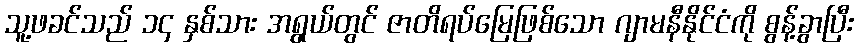
သူ့ဖခင်သည် ၁၄ နှစ်သား အရွယ်တွင် ဇာတိရပ်မြေဖြစ်သော ဂျာမနီနိုင်ငံကို စွန့်ခွာပြီး